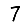
Digit: 7